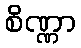
စိဏ္ဏာ